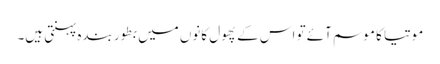
موتیا کا موسم آئے تو اس کے پھول کانوں میں بطور بندہ پہنتی ہیں۔